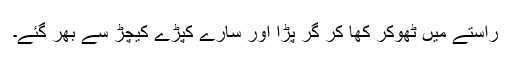
راستے میں ٹھوکر کھا کر گر پڑا اور سارے کپڑے کیچڑ سے بھر گئے۔